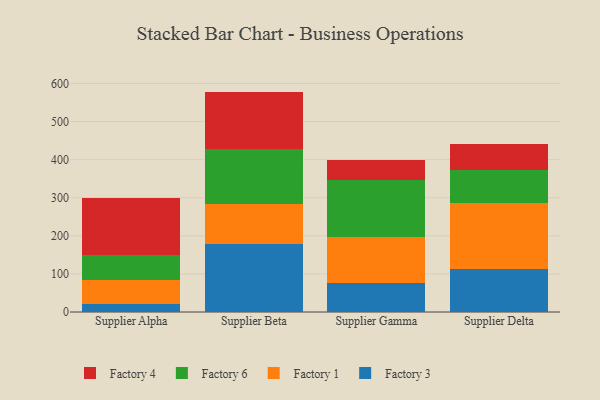
{"axis": {"x": "Supplier", "y": "Waste Production (Tons)"}, "legend": ["Factory 1", "Factory 3", "Factory 4", "Factory 6"], "data": [{"x": "Supplier Alpha", "y": 21.1, "type": "Factory 3"}, {"x": "Supplier Alpha", "y": 64.1, "type": "Factory 1"}, {"x": "Supplier Alpha", "y": 65.7, "type": "Factory 6"}, {"x": "Supplier Alpha", "y": 147.4, "type": "Factory 4"}, {"x": "Supplier Beta", "y": 177.8, "type": "Factory 3"}, {"x": "Supplier Beta", "y": 106.6, "type": "Factory 1"}, {"x": "Supplier Beta", "y": 144.4, "type": "Factory 6"}, {"x": "Supplier Beta", "y": 149.8, "type": "Factory 4"}, {"x": "Supplier Gamma", "y": 75.7, "type": "Factory 3"}, {"x": "Supplier Gamma", "y": 121.3, "type": "Factory 1"}, {"x": "Supplier Gamma", "y": 148.7, "type": "Factory 6"}, {"x": "Supplier Gamma", "y": 53.5, "type": "Factory 4"}, {"x": "Supplier Delta", "y": 112.6, "type": "Factory 3"}, {"x": "Supplier Delta", "y": 173.6, "type": "Factory 1"}, {"x": "Supplier Delta", "y": 85.3, "type": "Factory 6"}, {"x": "Supplier Delta", "y": 70.1, "type": "Factory 4"}]}